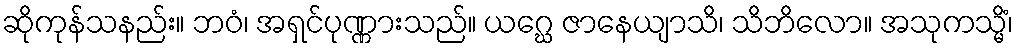
ဆိုကုန်သနည်း။ ဘဝံ၊ အရှင်ပုဏ္ဏားသည်။ ယဂ္ဃေ ဇာနေယျာသိ၊ သိဘိလော။ အသုကသ္မိံ၊